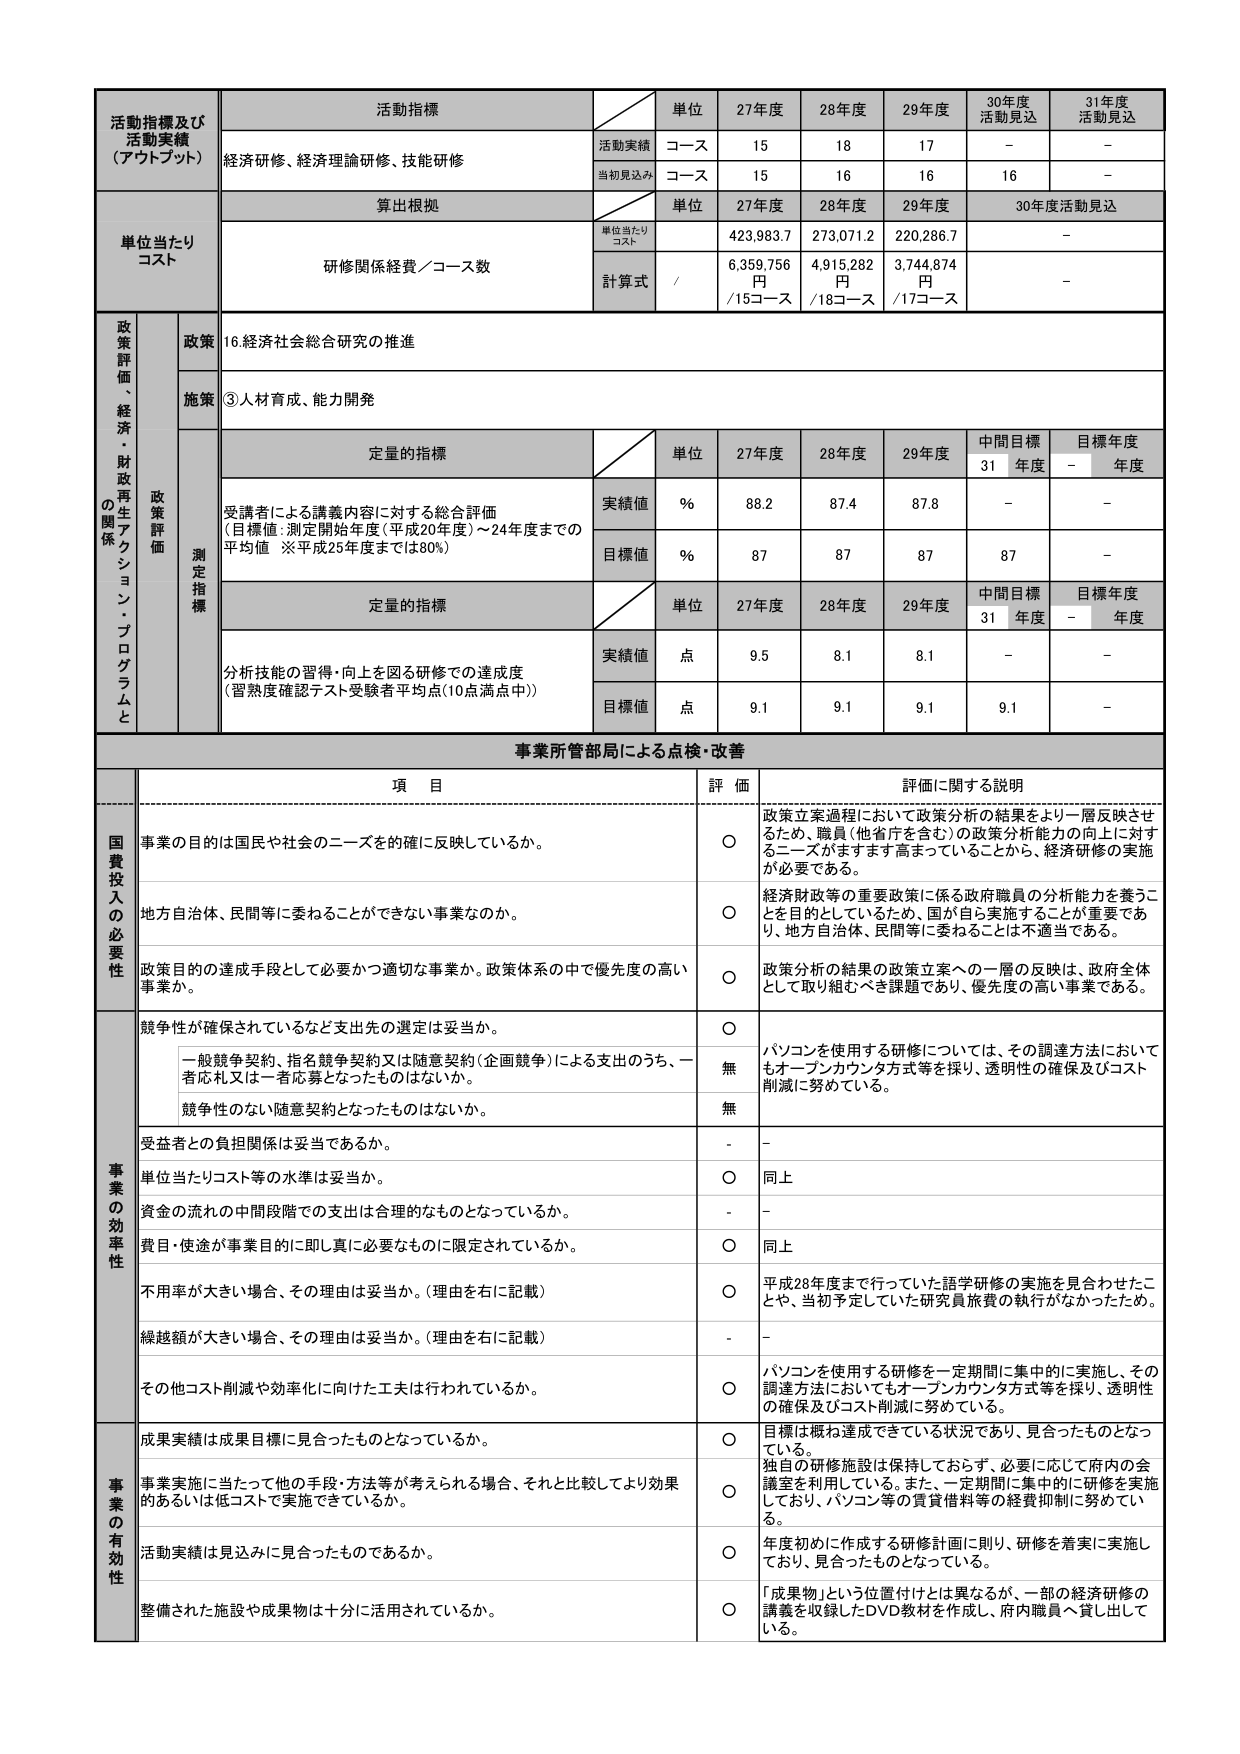
活動指標及び
活動実績
（アウトプット）
活動指標
単位
27年度
28年度
29年度
30年度
活動見込
31年度
活動見込
経済研修、経済理論研修、技能研修
活動実績
コース
15
18
17
－
－
当初見込み
コース
15
16
16
16
－
単位当たり
コスト
算出根拠
単位
27年度
28年度
29年度
30年度活動見込
研修関係経費／コース数
単位当たり
コスト
423,983.7
273,071.2
220,286.7
－
計算式
/
6,359,756
円
/15コース
4,915,282
円
/18コース
3,744,874
円
/17コース
－
政策評価、経済、財政再生アクション・プログラムとの関係
政策
16.経済社会総合研究の推進
施策
③人材育成、能力開発
測定指標
定量的指標
単位
27年度
28年度
29年度
中間目標
31年度
目標年度
－年度
受講者による講義内容に対する総合評価
（目標値：測定開始年度（平成20年度）～24年度までの平均値 ※平成25年度までは80%）
実績値
%
88.2
87.4
87.8
－
－
目標値
%
87
87
87
87
－
定量的指標
単位
27年度
28年度
29年度
中間目標
31年度
目標年度
－年度
分析技能の習得・向上を図る研修での達成度
（習熟度確認テスト受験者平均点（10点満点中））
実績値
点
9.5
8.1
8.1
－
－
目標値
点
9.1
9.1
9.1
9.1
－
事業所管部局による点検・改善
項 目
評 価
評価に関する説明
国費投入の必要性
事業の目的は国民や社会のニーズを的確に反映しているか。
○
政策立案過程において政策分析の結果をより一層反映させるため、職員（他省庁を含む）の政策分析能力の向上に対するニーズがますます高まっていることから、経済研修の実施が必要である。
地方自治体、民間等に委ねることができない事業なのか。
○
経済財政等の重要政策に係る政府職員の分析能力を養うことを目的としているため、国が自ら実施することが重要であり、地方自治体、民間等に委ねることは不適当である。
政策目的の達成手段として必要かつ適切な事業か。政策体系の中で優先度の高い事業か。
○
政策分析の結果の政策立案への一層の反映は、政府全体として取り組むべき課題であり、優先度の高い事業である。
事業の効率性
競争性が確保されているなど支出先の選定は妥当か。
○
パソコンを使用する研修については、その調達方法においてもオープンカウンタ方式等を探り、透明性の確保及びコスト削減に努めている。
一般競争契約、指名競争契約又は随意契約（企画競争）による支出のうち、一者応札又は一者応募となったものはないか。
無
競争性のない随意契約となったものはないか。
無
受益者との負担関係は妥当であるか。
-
-
単位当たりコスト等の水準は妥当か。
○
同上
資金の流れの中間段階での支出は合理的なものとなっているか。
-
-
費目・使途が事業目的に即し真に必要なものに限定されているか。
○
同上
不採用が大きい場合、その理由は妥当か。（理由を右に記載）
○
平成28年度までを行っていた語学研修の実施を見合わせたことや、当初予定していた研究員旅費の執行がなかったため。
繰越額が大きい場合、その理由は妥当か。（理由を右に記載）
-
-
その他コスト削減や効率化に向けた工夫は行われているか。
○
パソコンを使用する研修を一定期間に集中的に実施し、その調達方法においてもオープンカウンタ方式等を探り、透明性の確保及びコスト削減に努めている。
事業の有効性
成果実績は成果目標に見合ったものとなっているか。
○
目標は概ね達成できている状況であり、見合ったものとなっている。
事業実施に当たって他の手段・方法等が考えられる場合、それと比較してより効果的あるいは低コストで実施できているか。
○
独自の研修施設は保持しておらず、必要に応じて府内の会議室を利用している。また、一定期間に集中的に研修を実施しており、パソコン等の賃貸借料等の経費抑制に努めている。
活動実績は見込みに見合ったものであるか。
○
年度初めに作成する研修計画に則り、研修を着実に実施しており、見合ったものとなっている。
整備された施設や成果物は十分に活用されているか。
○
「成果物」という位置付けとは異なるが、一部の経済研修の講義を収録したDVD教材を作成し、府内職員へ貸し出している。